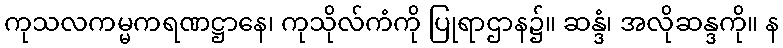
ကုသလကမ္မကရဏဋ္ဌာနေ၊ ကုသိုလ်ကံကို ပြုရာဌာန၌။ ဆန္ဒံ၊ အလိုဆန္ဒကို။ န